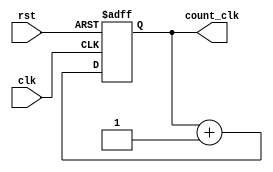
`timescale 1ns/1ns
module count_8(input clk,rst,output reg[7:0] count_clk);
 always@(posedge clk,posedge rst) begin:count_up
 if(rst)
   count_clk<=8'b00000000;
 else
   count_clk<=count_clk+1;
 end   
endmodule